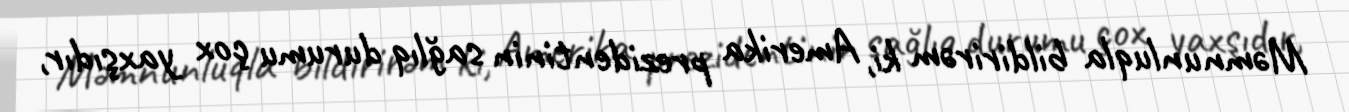
Məmnunluqla bildirirəm ki, Amerika prezidentinin sağlıq durumu çox yaxşıdır,